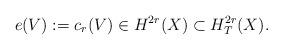
LaTeX: \begin{align*}e(V):=c_r(V)\in H^{2r}(X)\subset H_T^{2r}(X).\end{align*}